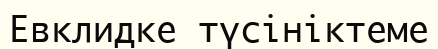
Евклидке түсініктеме